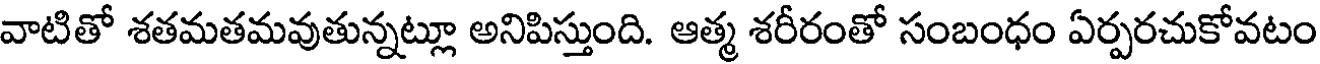
వాటితో శతమతమవుతున్నట్లూ అనిపిస్తుంది. ఆత్మ శరీరంతో సంబంధం ఏర్పరచుకోవటం